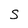
Character: S